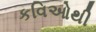
કવિઓથી